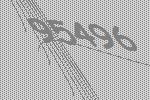
95496